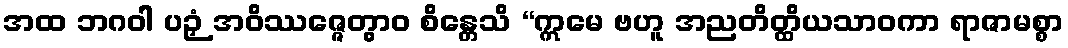
အထ ဘဂဝါ ပဉှံ အဝိဿဇ္ဇေတွာဝ စိန္တေသိ “ဣမေ ဗဟူ အညတိတ္ထိယသာဝကာ ရာဇာမစ္စာ